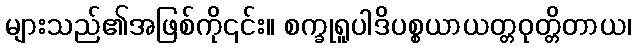
များသည်၏အဖြစ်ကို၎င်း။ စက္ခုရူပါဒိပစ္စယာယတ္တဝုတ္တိတာယ၊